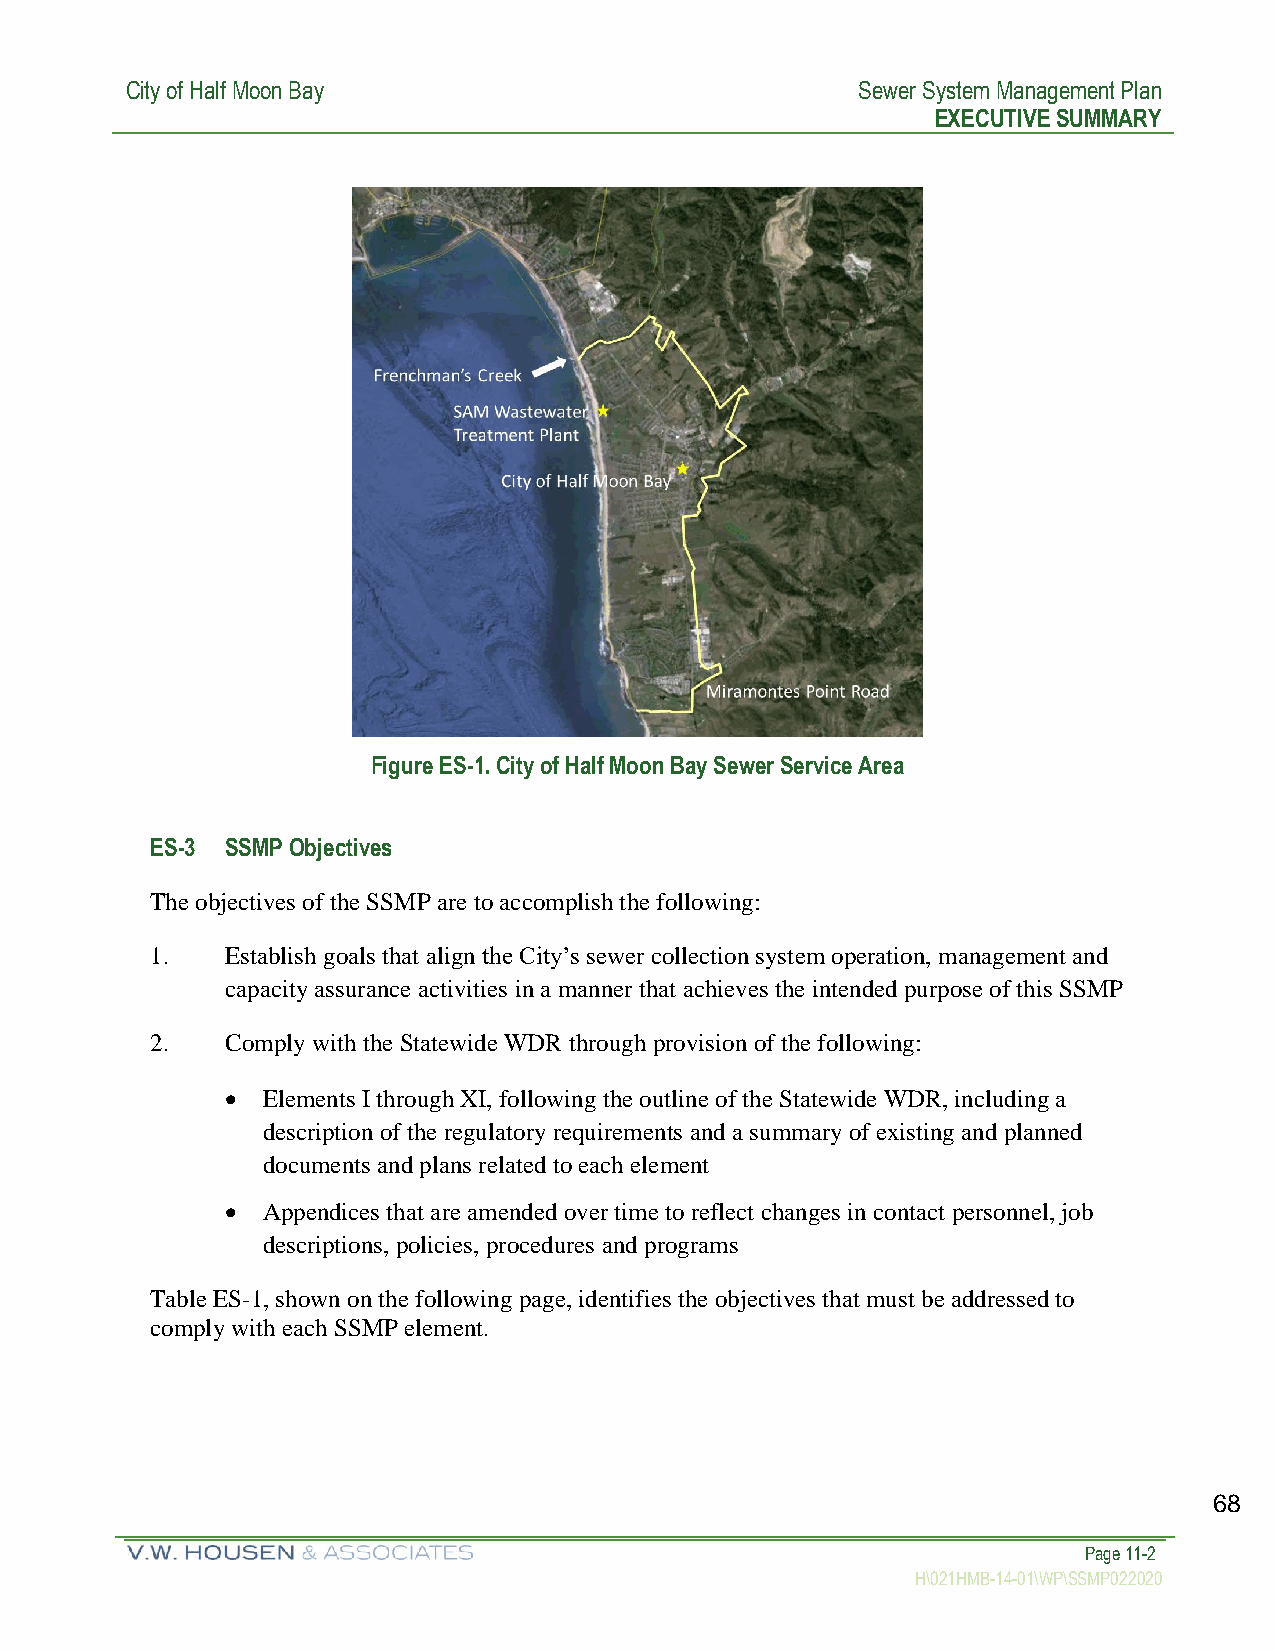
City of Half Moon Bay                            Sewer System Management Plan
 EXECUTIVE SUMMARY
 Figure ES-1. City of Half Moon Bay Sewer Service Area
 ES-3 SSMP Objectives
 The objectives of the SSMP are to accomplish the following:
 1.   Establish goals that align the City’s sewer collection system operation, management and
 capacity assurance activities in a manner that achieves the intended purpose of this SSMP
 2.   Comply with the Statewide WDR through provision of the following:
 • Elements I through XI, following the outline of the Statewide WDR, including a
 description of the regulatory requirements and a summary of existing and planned
 documents and plans related to each element
 • Appendices that are amended over time to reflect changes in contact personnel, job
 descriptions, policies, procedures and programs
 Table ES-1, shown on the following page, identifies the objectives that must be addressed to
 comply with each SSMP element.
 68
 Page 11-2
 H\021HMB-14-01\WP\SSMP022020